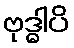
ဗုဒ္ဓါပိ